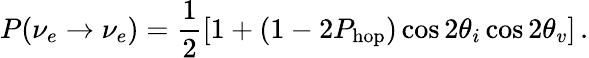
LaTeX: P(\nu_{e}\rightarrow\nu_{e})=\frac{1}{2}\left[1+(1-2P_{\mathrm{hop}})\cos{2\theta_{i}}\cos{2\theta_{v}}\right]\, .